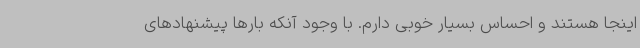
اینجا هستند و احساس بسیار خوبی دارم. با وجود آنکه بارها پیشنهادهای